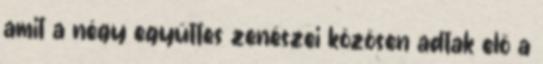
amit a négy együttes zenészei közösen adtak elő a